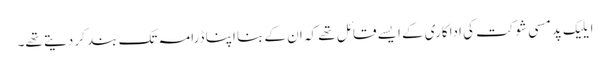
ایلیک پدمسی شوکت کی اداکاری کے ایسے قائل تھے کہ ان کے بنا اپنا ڈرامہ تک بند کر دیتے تھے۔